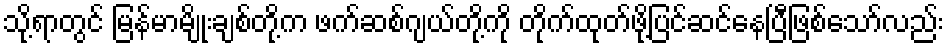
သို့ရာတွင် မြန်မာမျိုးချစ်တို့က ဖက်ဆစ်ဂျယ်တို့ကို တိုက်ထုတ်ဖို့ပြင်ဆင်နေပြီဖြစ်သော်လည်း